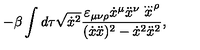
- \beta \int d \tau \sqrt { \dot { x } ^ { 2 } } \frac { \varepsilon _ { \mu \nu \rho } \dot { x } ^ { \mu } \ddot { x } ^ { \nu } \stackrel { \ldots } { x } ^ { \rho } } { { ( \dot { x } \ddot { x } ) ^ { 2 } - \dot { x } ^ { 2 } \ddot { x } ^ { 2 } } } ,